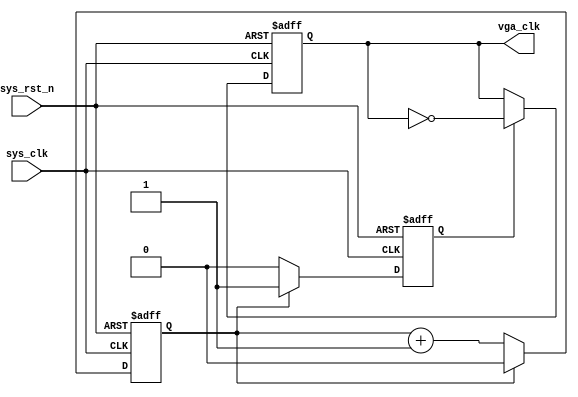
module vga_clk_curl(
    input       sys_clk,
    input       sys_rst_n,
    
    output      vga_clk
);

reg clk_cnt;
reg vga_clk_c;

always @(posedge sys_clk, negedge sys_rst_n) begin
    if(!sys_rst_n) begin
        clk_cnt <= 1'd0;
        vga_clk_c <= 1'd0;
        end
    else  begin 
        if(clk_cnt == 1'd1) begin
            vga_clk_c <= 1'd1;
            clk_cnt <= 1'd0;
        end
        else if(clk_cnt == 1'd0) begin
            clk_cnt <= clk_cnt + 1;
            vga_clk_c <= 1'd0;
        end
    end
end

always@(posedge sys_clk, negedge sys_rst_n) begin
    if(!sys_rst_n)
        vga_clk <= 1'd0;
    else if(vga_clk_c == 1'd1)
        vga_clk <= ~vga_clk;
    else if(vga_clk_c == 1'd0)
        vga_clk <= vga_clk; 
end
endmodule